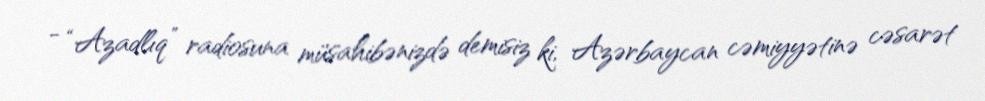
- “Azadlıq” radiosuna müsahibənizdə demisiz ki, Azərbaycan cəmiyyətinə cəsarət